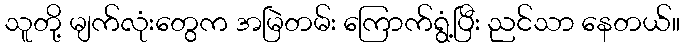
သူတို့ မျက်လုံးတွေက အမြဲတမ်း ကြောက်ရွံ့ပြီး ညင်သာ နေတယ်။